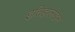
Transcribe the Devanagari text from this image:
इतिहालेखन